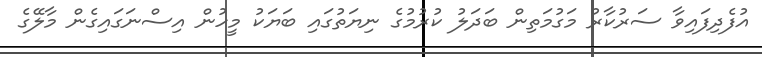
އުފެދިފައިވާ ސަރުކާރު މަގުމަތިން ބަދަލު ކުރުމުގެ ނިޔަތުގައި ބަޔަކު މީހުން އިސްނަގައިގެން މާލޭގެ